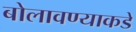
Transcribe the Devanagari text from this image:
बोलावण्याकडे